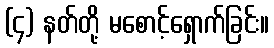
(၄) နတ်တို့ မစောင့်ရှောက်ခြင်း။